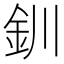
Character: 釧